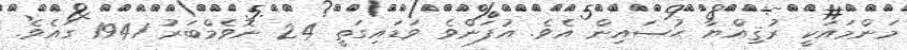
މަންމައަކީ ރުޤިއްޔާ ޙުސައިން އެވެ. އުފަންވެ ވަޑައިގަތީ 24 ނޮވެމްބަރު 1941 ގައެވެ.